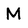
Character: M